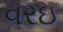
વરઇ